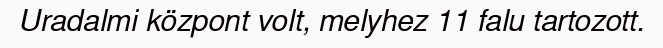
Uradalmi központ volt, melyhez 11 falu tartozott.